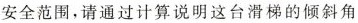
安全范围，请通过计算说明这台滑梯的倾斜角